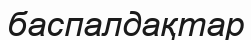
баспалдақтар